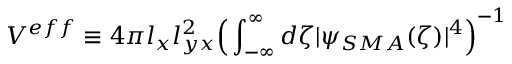
V ^ { e f f } \equiv 4 \pi l _ { x } l _ { y x } ^ { 2 } \Big ( \int _ { - \infty } ^ { \infty } d \zeta | \psi _ { S M A } ( \zeta ) | ^ { 4 } \Big ) ^ { - 1 }